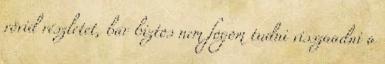
rövid részletet, bár biztos nem fogom tudni visszaadni a